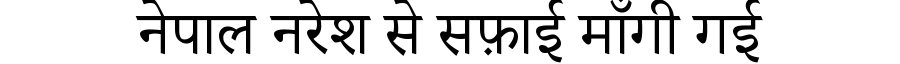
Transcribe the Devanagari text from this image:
नेपाल नरेश से सफ़ाई माँगी गई